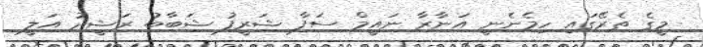
މީގެ ތެރޭގައި ހިމެނެނީ އަނާރާ ނައީމް ސަފާ ޝަރީފު ޝަބާބު ރަޝީދު އަލީ